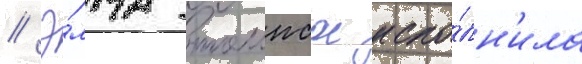
// Э́мма томпсон испо́лн'ила